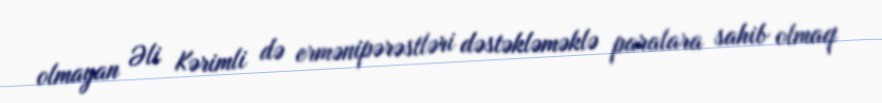
olmayan Əli Kərimli də ermənipərəstləri dəstəkləməklə paralara sahib olmaq